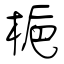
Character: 梔